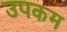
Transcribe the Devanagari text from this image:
उपकम